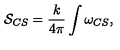
{ \cal S } _ { C S } = \frac { k } { 4 \pi } \int \omega _ { C S } ,